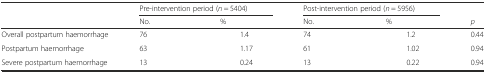
| <ROWSPAN=2>  | <COLSPAN=2> Pre-intervention period (n = 5404) | <COLSPAN=2> Post-intervention period (n = 5956) |  |
 | No. | % | No. | % | p |
 | --- | --- | --- | --- | --- | --- |
 | Overall postpartum haemorrhage | 76 | 1.4 | 74 | 1.2 | 0.44 |
 | Postpartum haemorrhage | 63 | 1.17 | 61 | 1.02 | 0.94 |
 | Severe postpartum haemorrhage | 13 | 0.24 | 13 | 0.22 | 0.94 |